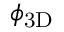
\ensuremath { \phi _ { \mathrm { 3 D } } }